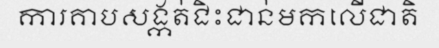
ការគាបសង្កត់ជិះជាន់មកលើជាតិ